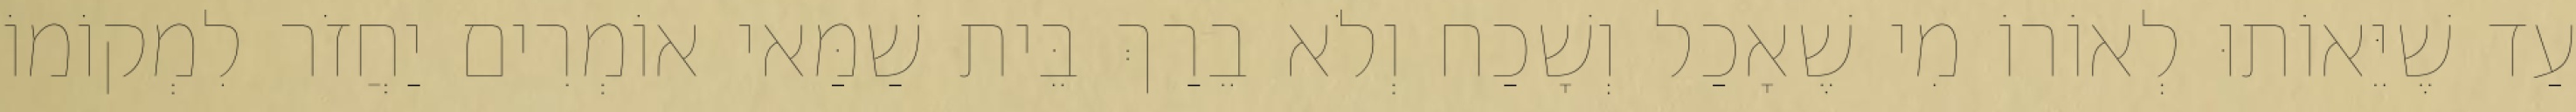
עַד שֶׁיֵּאוֹתוּ לְאוֹרוֹ מִי שֶׁאָכַל וְשָׁכַח וְלֹא בֵרַךְ בֵּית שַׁמַּאי אוֹמְרִים יַחֲזֹר לִמְקוֹמוֹ